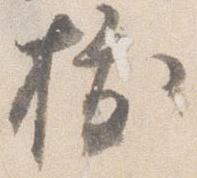
抜